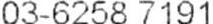
03-6258 7191